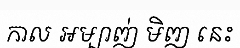
កាល អម្បាញ់ មិញ នេះ